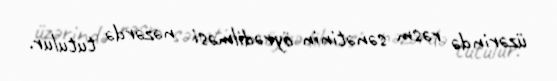
üzərində rəsm sənətinin öyrədilməsi nəzərdə tutulur.